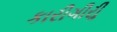
કારીગીરીૢ